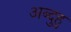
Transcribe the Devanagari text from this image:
अब्दुहु